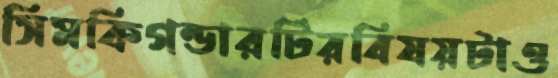
সিমকিগন্ডারটিরবিষয়টাও